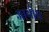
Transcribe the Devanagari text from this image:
आयो।।